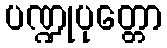
ပဏ္ဍုပုတ္တော